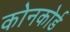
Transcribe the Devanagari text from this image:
कोनकोर्ड